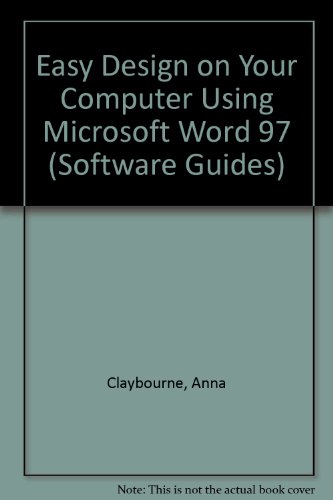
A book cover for Easy Design on Your Computer Using Microsoft Word 97 (Software Guides); Anna Claybourne; Children's Books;